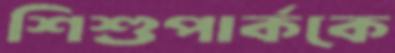
শিশুপার্ককে